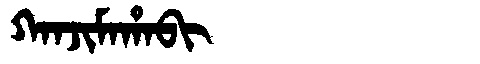
Manchu: ᡴᠠᠨᠵᡳᠮᠠᡥᠠᠪᡳ
Romanization: KANJIMAHABI